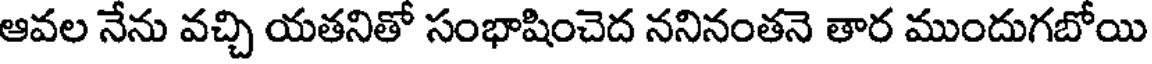
ఆవల నేను వచ్చి యతనితో సంభాషించెద ననినంతనె తార ముందుగబోయి